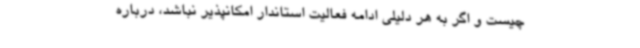
چیست و اگر به هر دلیلی ادامه فعالیت استاندار امکانپذیر نباشد، درباره